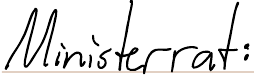
Ministerrat: